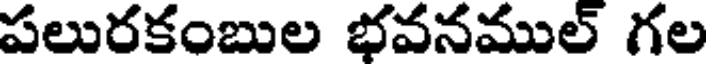
పలురకంబుల భవనముల్ గల